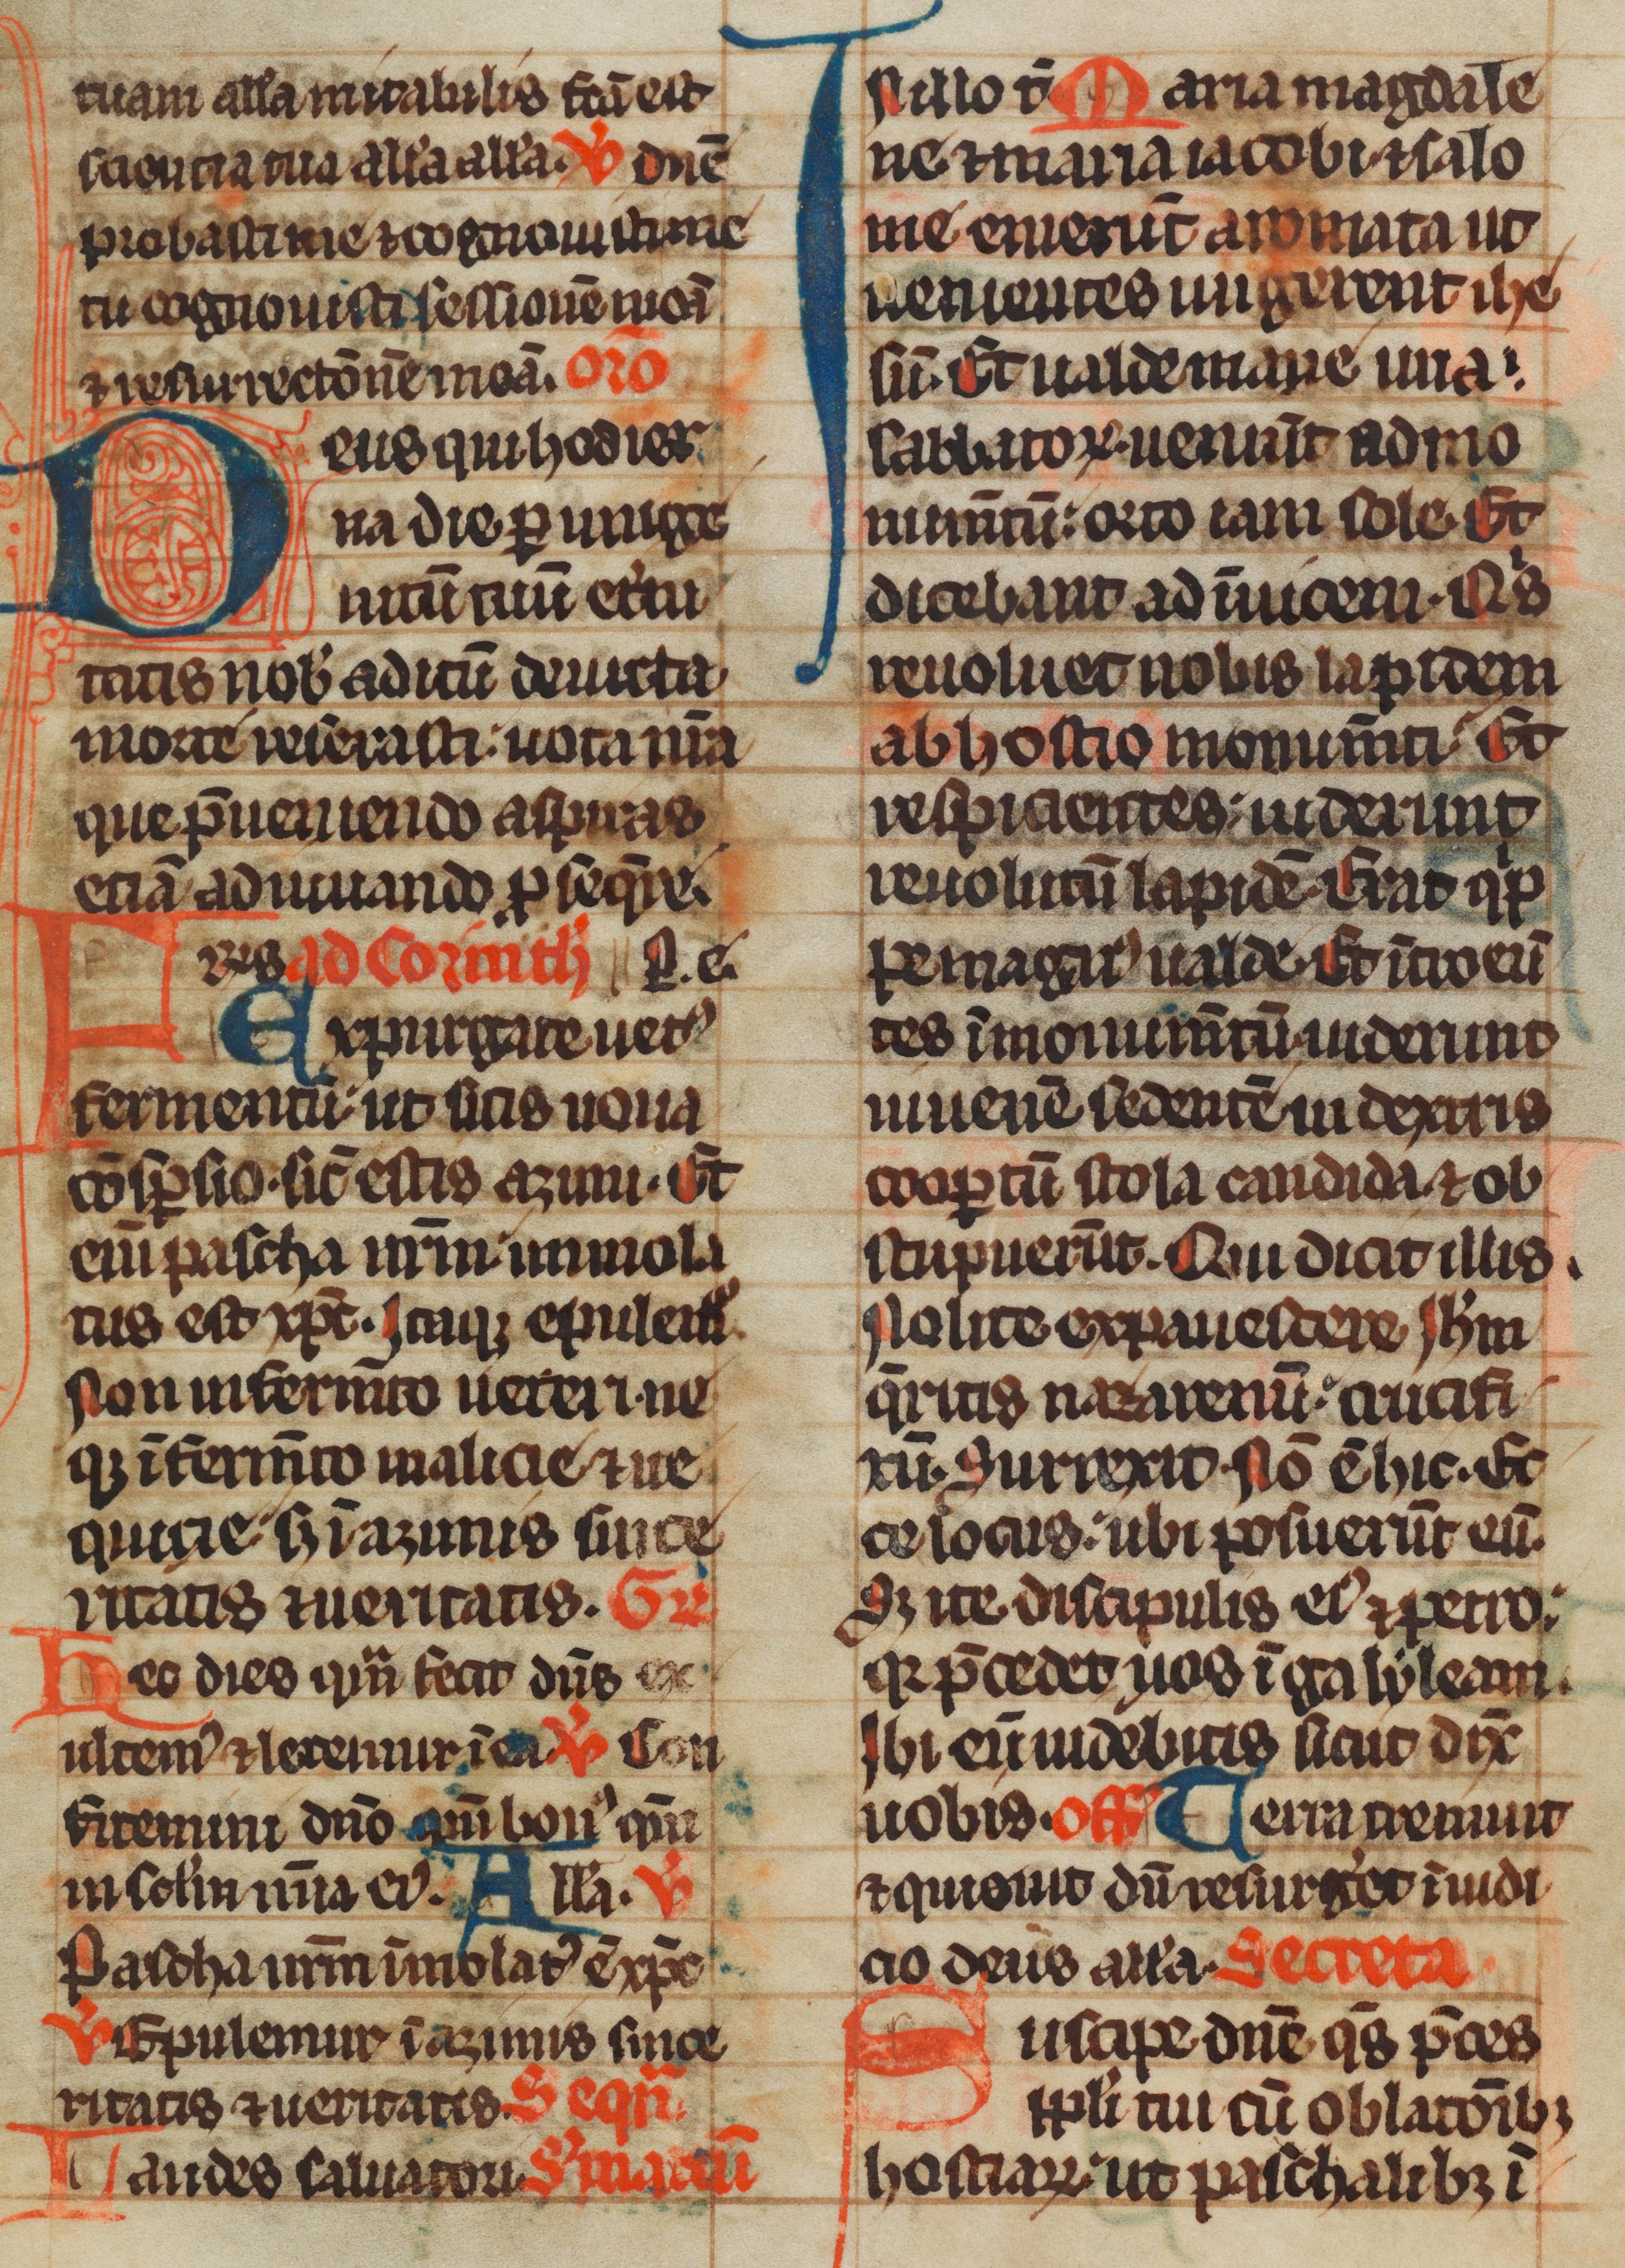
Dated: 1285–1315